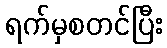
ရက်မှစတင်ပြီး